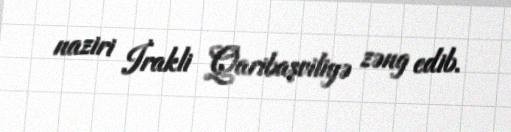
naziri İrakli Qaribaşviliyə zəng edib.